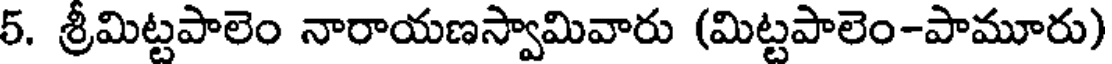
5. శ్రీమిట్టపాలెం నారాయణస్వామివారు (మిట్టపాలెం-పామూరు)